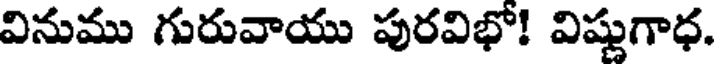
వినుము గురువాయు పురవిభో! విష్ణుగాధ.